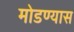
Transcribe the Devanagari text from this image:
मोडण्यास